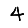
Digit: 4